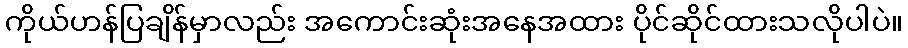
ကိုယ်ဟန်ပြချိန်မှာလည်း အကောင်းဆုံးအနေအထား ပိုင်ဆိုင်ထားသလိုပါပဲ။